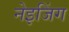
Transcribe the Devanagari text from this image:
नेइजिंग